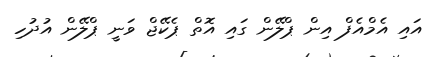
އައި އެމްއެފް އިން ޕްލޭން ގައި އޮތް ޕެކޭޖް ވަނީ ޕްލޭން އުދުހި